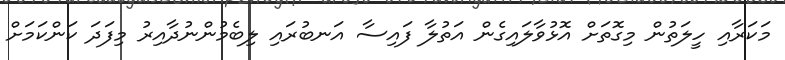
މަކަރާއި ހީލަތުން މިގޮތަށް އޮޅުވާލައިގެން އަތުލާ ފައިސާ އަނބުރައި ލިބެމުންނުދާއިރު މިފަދަ ކަންކަމަށް